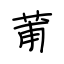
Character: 莆